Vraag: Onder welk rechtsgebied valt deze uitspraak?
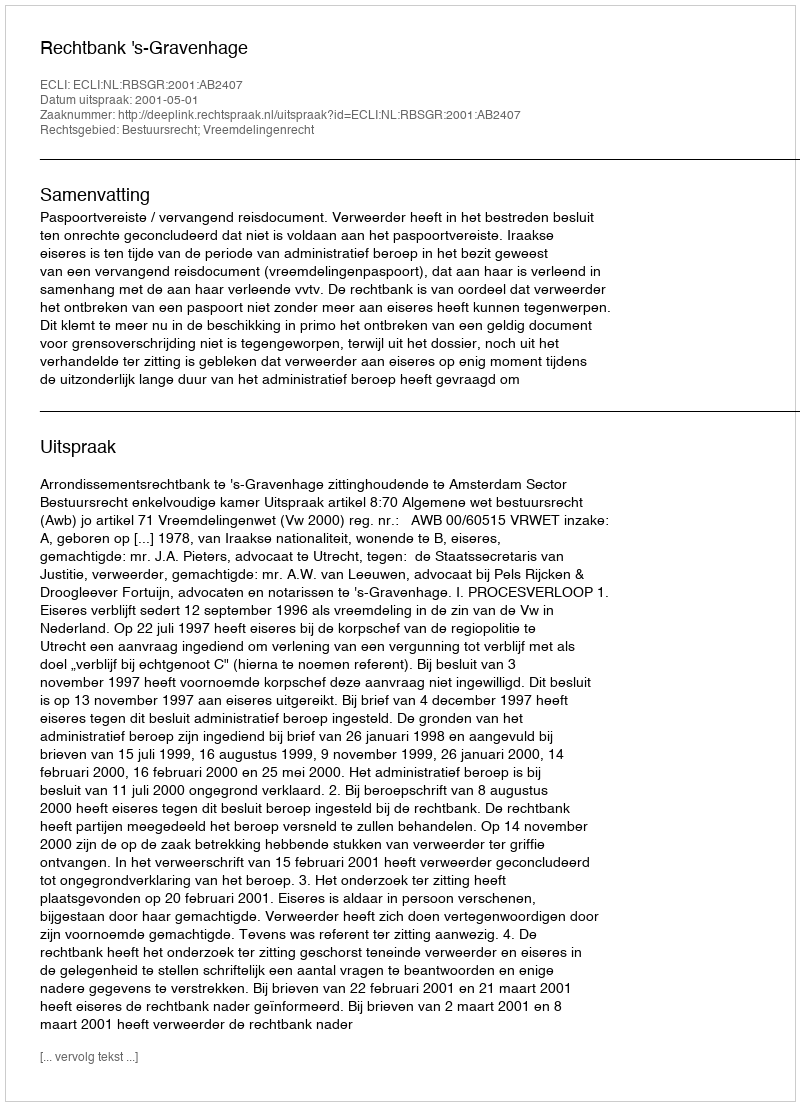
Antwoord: Bestuursrecht; Vreemdelingenrecht